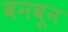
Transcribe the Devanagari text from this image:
बनबून